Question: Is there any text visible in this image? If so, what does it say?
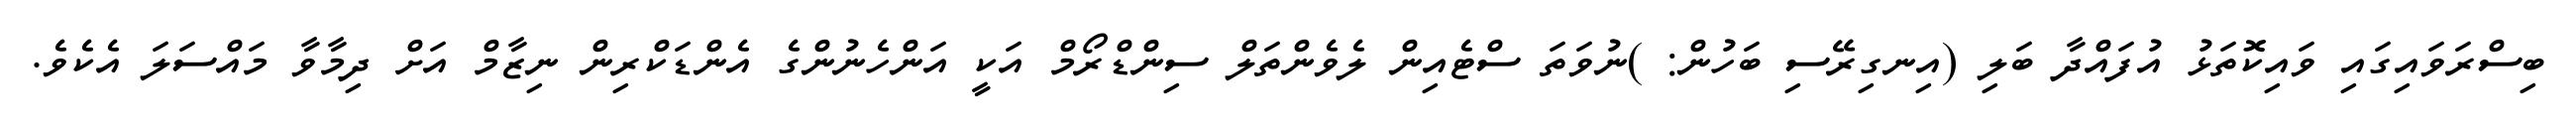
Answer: ބިސްރަވައިގައި ވައިކޮތަޅު އުފައްދާ ބަލި (އިނގިރޭސި ބަހުން: )ނުވަތަ ސްޓެއިން ލެވެންތަލް ސިންޑްރޯމް އަކީ އަންހެނުންގެ އެންޑަކްރިން ނިޒާމް އަށް ދިމާވާ މައްސަލަ އެކެވެ.